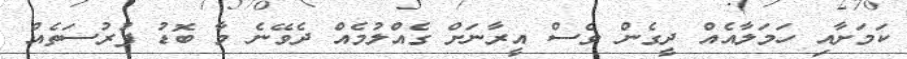
ކަމަށާއި ހަމަލާއެއް ދީގެން ވެސް އީރާނަށް ގެއްލުމެއް ދެވޭނެ މާ ބޮޑު ފުރުސަތެއް